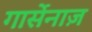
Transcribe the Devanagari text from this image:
गार्सेनाज़